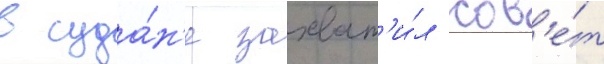
в суда́н'е захват'и́л сов'е́т